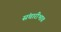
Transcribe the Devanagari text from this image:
संचारीभाव